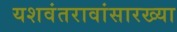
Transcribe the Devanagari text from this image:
यशवंतरावांसारख्या